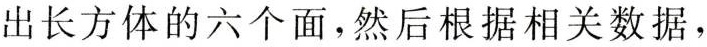
出长方体的六个面，然后根据相关数据，